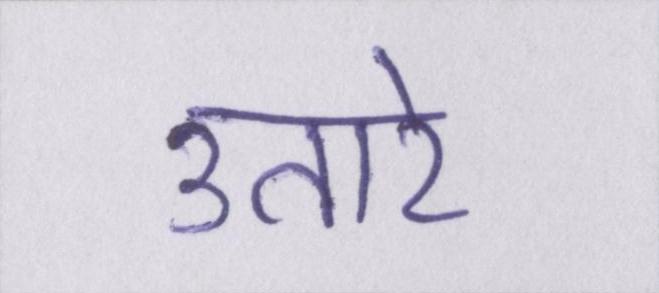
उतारे